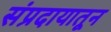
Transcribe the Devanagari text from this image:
संप्रदायातून